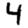
Digit: 4